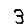
Digit: 3